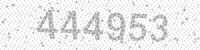
Solution: 444953